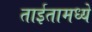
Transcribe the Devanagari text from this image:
ताईतामध्ये